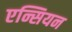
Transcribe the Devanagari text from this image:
एन्सियन